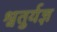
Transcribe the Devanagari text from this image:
श्वतुर्यज्ञ